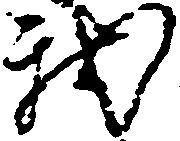
我